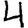
Digit: 4